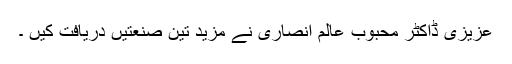
عزیزی ڈاکٹر محبوب عالم انصاری نے مزید تین صنعتیں دریافت کیں ۔